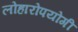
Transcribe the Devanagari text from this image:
लोहारोपयोगी